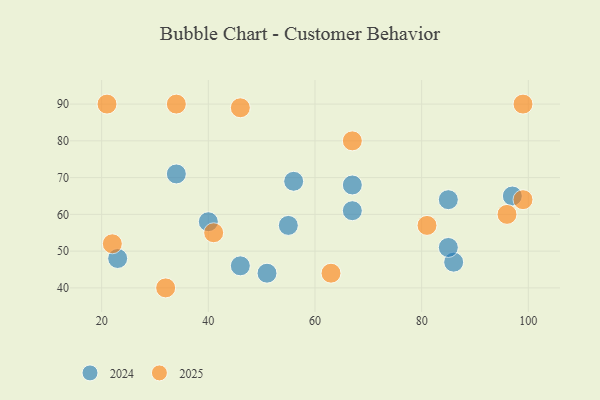
{"axis": {"x": "GDP", "y": "Life Expectancy"}, "legend": ["2024", "2025"], "data": [{"x": "67", "y": 61, "type": "2024"}, {"x": "55", "y": 57, "type": "2024"}, {"x": "46", "y": 46, "type": "2024"}, {"x": "86", "y": 47, "type": "2024"}, {"x": "40", "y": 58, "type": "2024"}, {"x": "34", "y": 71, "type": "2024"}, {"x": "67", "y": 68, "type": "2024"}, {"x": "85", "y": 51, "type": "2024"}, {"x": "56", "y": 69, "type": "2024"}, {"x": "51", "y": 44, "type": "2024"}, {"x": "23", "y": 48, "type": "2024"}, {"x": "85", "y": 64, "type": "2024"}, {"x": "97", "y": 65, "type": "2024"}, {"x": "96", "y": 60, "type": "2025"}, {"x": "34", "y": 90, "type": "2025"}, {"x": "81", "y": 57, "type": "2025"}, {"x": "99", "y": 64, "type": "2025"}, {"x": "99", "y": 90, "type": "2025"}, {"x": "22", "y": 52, "type": "2025"}, {"x": "41", "y": 55, "type": "2025"}, {"x": "21", "y": 90, "type": "2025"}, {"x": "46", "y": 89, "type": "2025"}, {"x": "63", "y": 44, "type": "2025"}, {"x": "67", "y": 80, "type": "2025"}, {"x": "32", "y": 40, "type": "2025"}]}